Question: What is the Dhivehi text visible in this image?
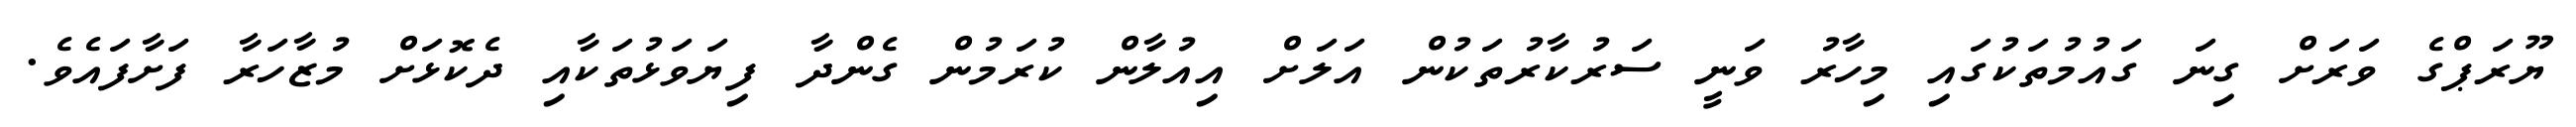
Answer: ޔޫރަޕްގެ ވަރަށް ގިނަ ގައުމުތަކުގައި މިހާރު ވަނީ ސަރުކާރުތަކުން އަލަށް އިއުލާން ކުރަމުން ގެންދާ ފިޔަވަޅުތަކާއި ދެކޮޅަށް މުޒާހަރާ ފަށާފައެވެ.